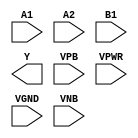
module sky130_fd_sc_hd__a21oi (
    //# {{data|Data Signals}}
    input  A1  ,
    input  A2  ,
    input  B1  ,
    output Y   ,

    //# {{power|Power}}
    input  VPB ,
    input  VPWR,
    input  VGND,
    input  VNB
);
endmodule